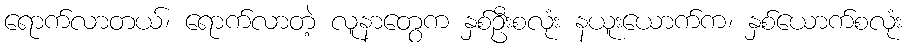
ရောက်လာတယ်၊ ရောက်လာတဲ့ လူနာတွေက နှစ်ဦးစလုံး နယူးယောက်က၊ နှစ်ယောက်စလုံး